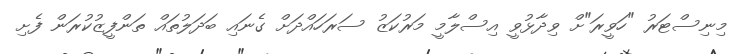
މިނިސްޓަރު "ހަވީރަ"ށް ވިދާޅުވީ އިސްލާމީ މަރުކަޒު ސަރަހައްދަށް ގެނައި ބަދަލުތައް ތަންފީޒުކުރަން ފެށި